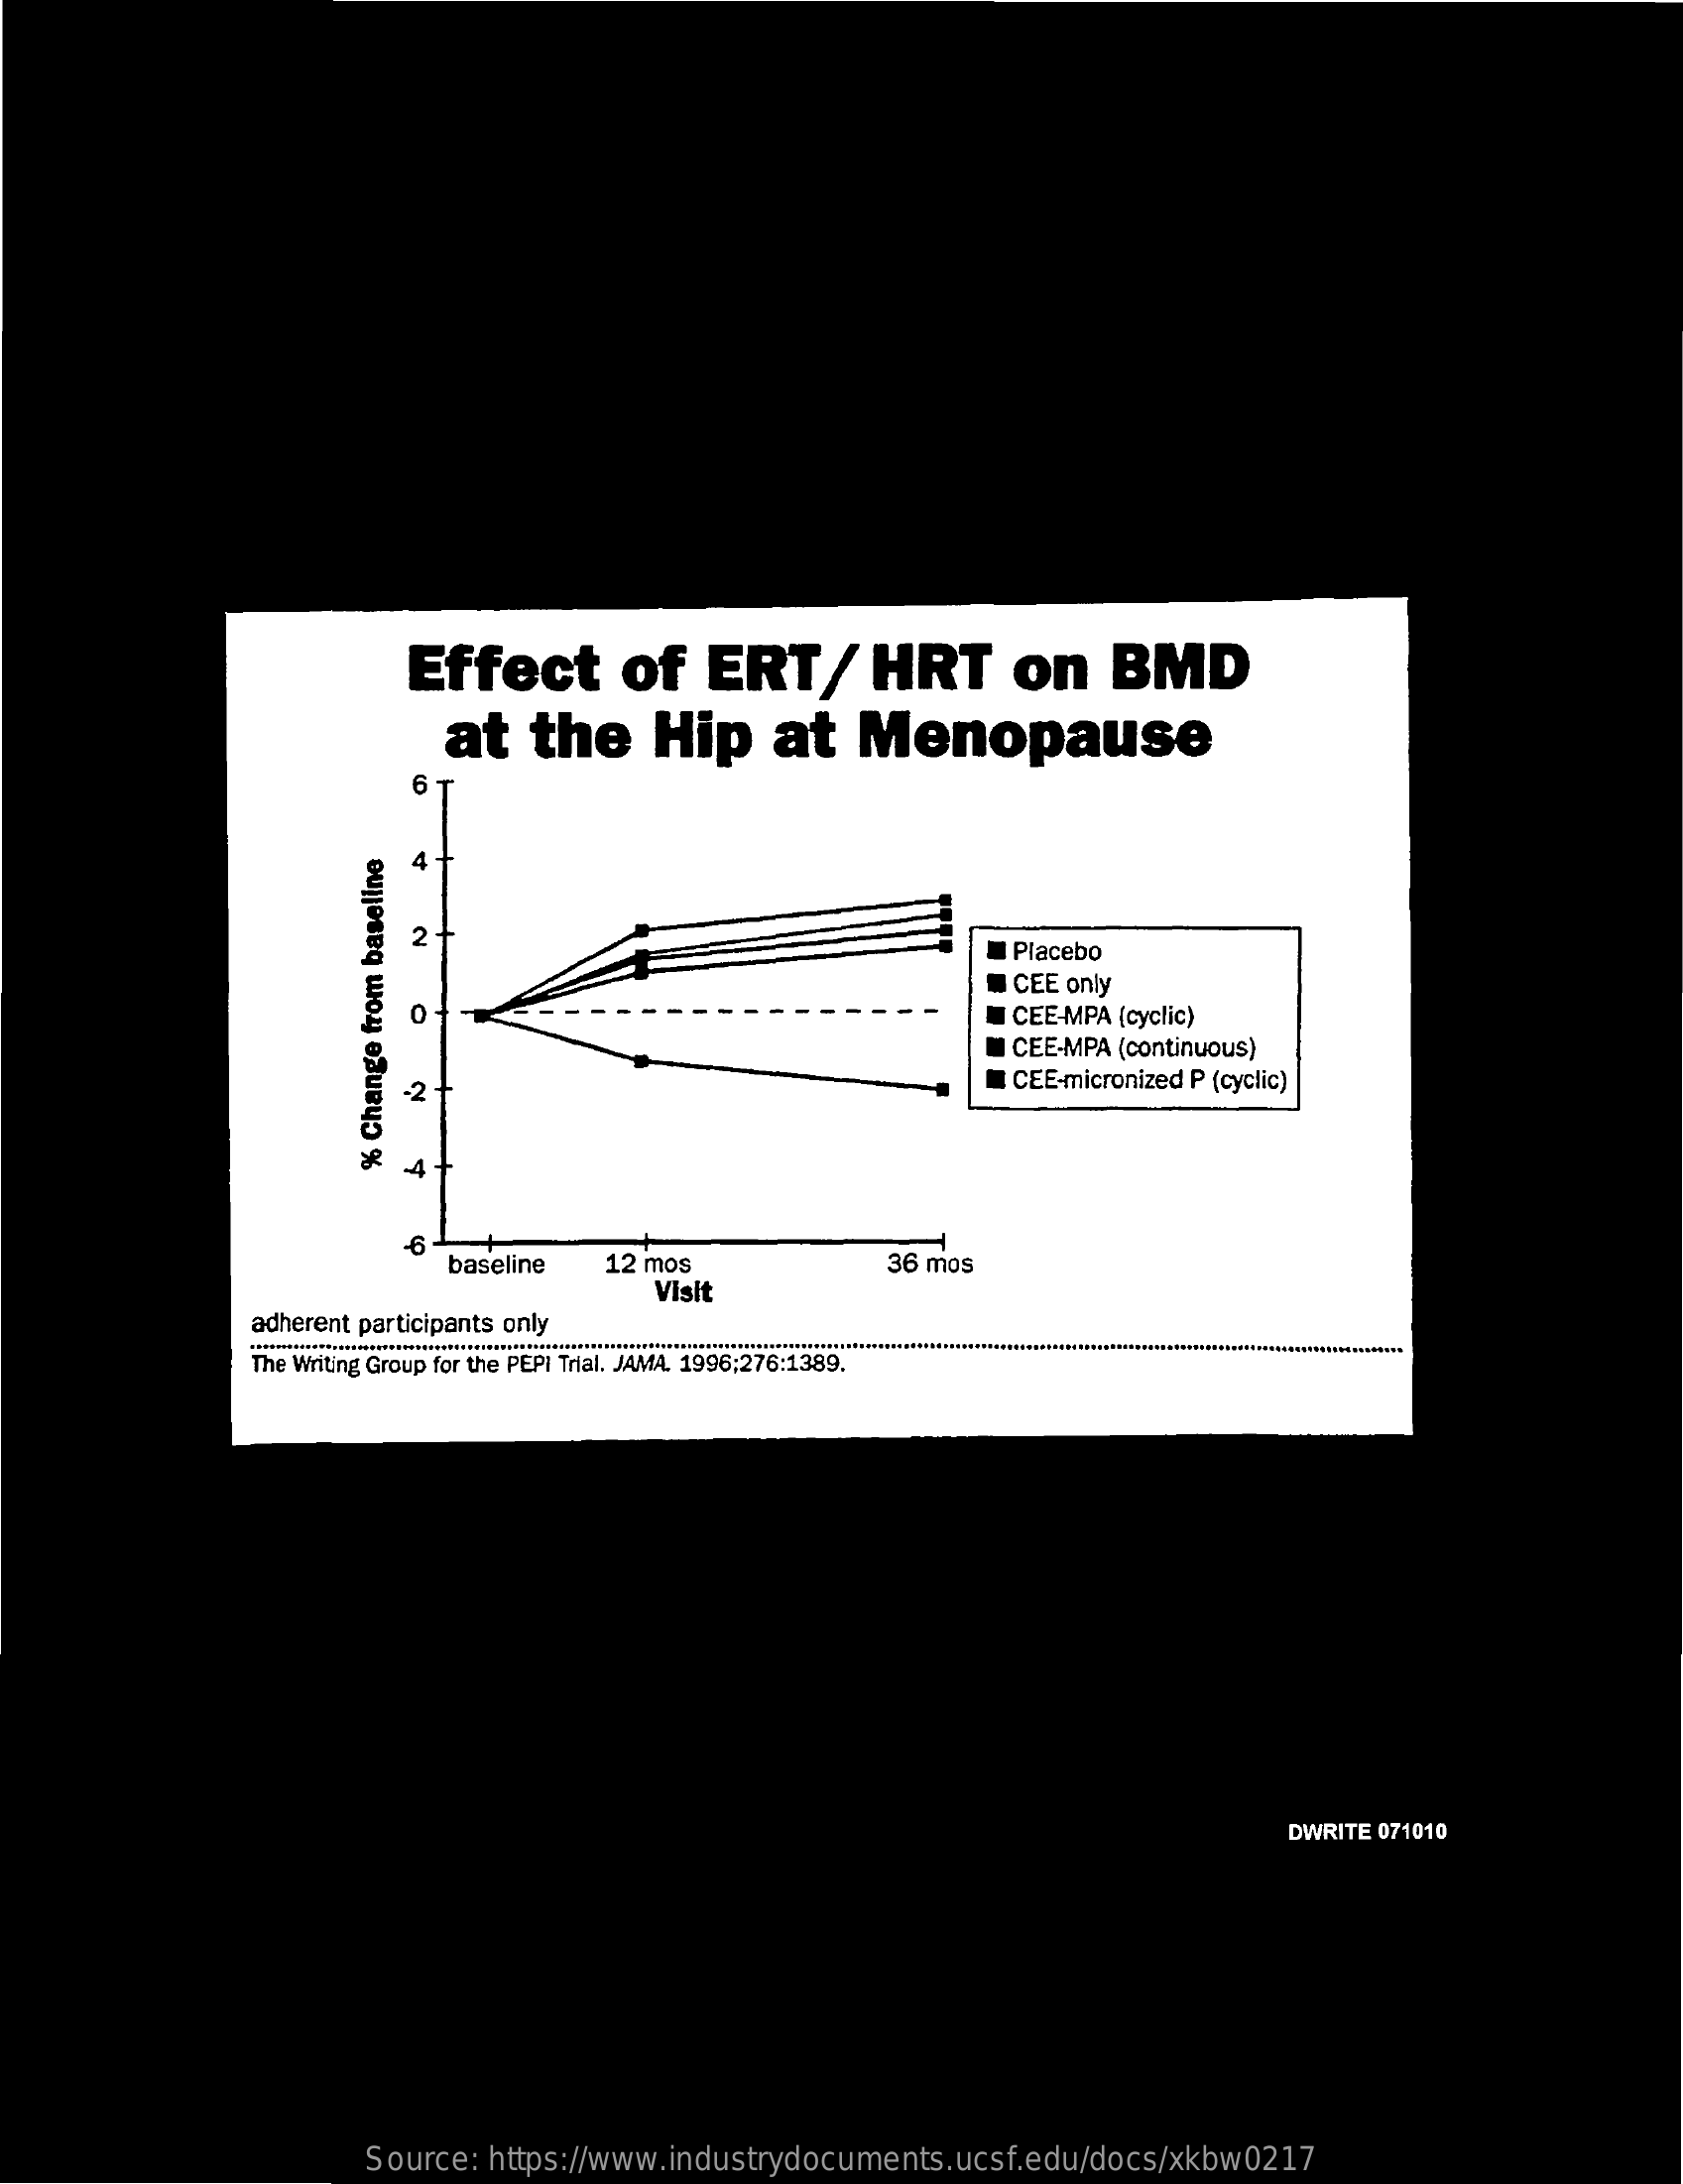
Effect    of    ERT/    HRT    on    BMD
     at   the    Hip    at   Menopause
     6
     Placebo
     ICEE only
     0    CEE-MPA (cyclic)
     CEE-MPA (continuous)
     -2    CEE-micronized P (cyclic)
     4+ %
     Change
     from
     baseline
     -6
     baseline  12 mos
     Visit
     36 mos
     adherent participants only
     The Writing Group for the PEPI Trial. JAMA. 1996;276:1389.
     DWRITE 071010
     Source: https://www.industrydocuments.ucsf.edu/docs/xkbw0217